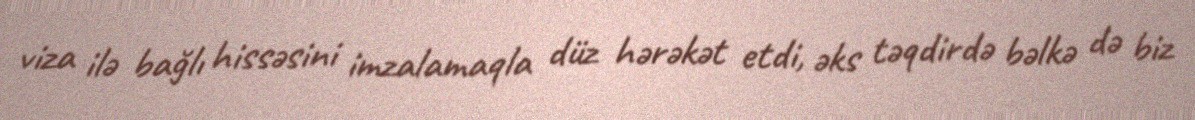
viza ilə bağlı hissəsini imzalamaqla düz hərəkət etdi, əks təqdirdə bəlkə də biz